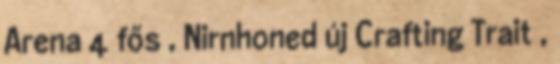
Arena 4 fős , Nirnhoned új Crafting Trait ,